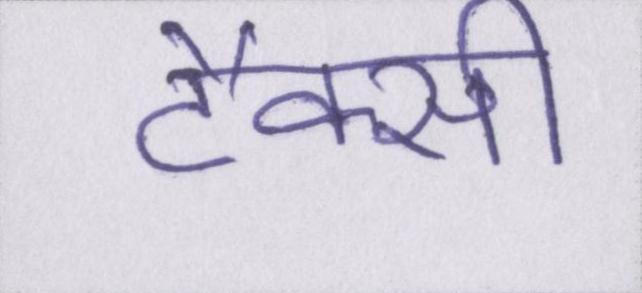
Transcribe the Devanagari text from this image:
टैक्सी